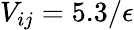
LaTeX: V_{ij}=5.3/\epsilon